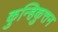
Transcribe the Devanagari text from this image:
कुन्हिकुत्तन